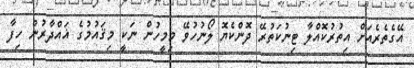
އޭގެތެރެއަށް އިތުރުކޮއްލާ ޓިނުކަތުރޭ ދޮންކެޔޮ ލޯނުހުވޭ މިމީހުން ނަކީ މިޤައުމުގެ ޣައްދާރުން ހިފާ